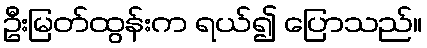
ဦးမြတ်ထွန်းက ရယ်၍ ပြောသည်။